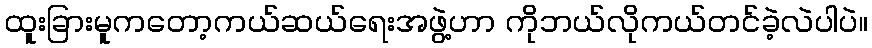
ထူးခြားမူကတော့ကယ်ဆယ်ရေးအဖွဲ့ဟာ ကိုဘယ်လိုကယ်တင်ခဲ့လဲပါပဲ။